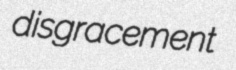
disgracement